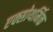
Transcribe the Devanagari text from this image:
एक्सोथर्मिक